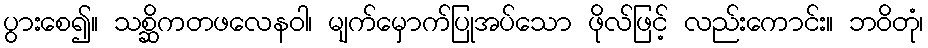
ပွားစေ၍။ သစ္ဆိကတဖလေနဝါ၊ မျက်မှောက်ပြုအပ်သော ဖိုလ်ဖြင့် လည်းကောင်း။ ဘဝိတုံ၊